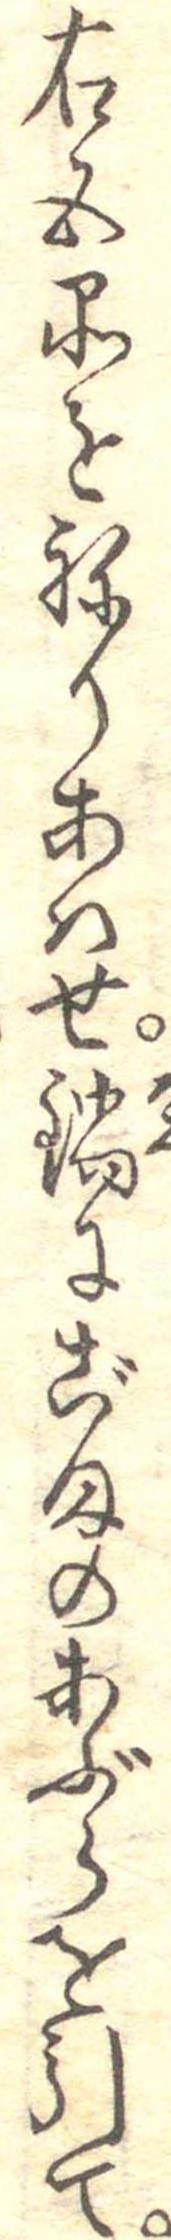
右五品をねりあはせ鍋にごまのあぶらを引て